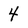
Character: 4